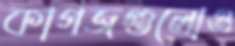
কাগজগুলোও